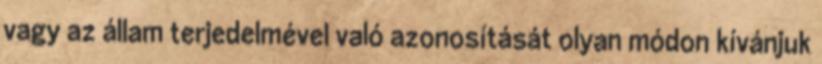
vagy az állam terjedelmével való azonosítását olyan módon kívánjuk